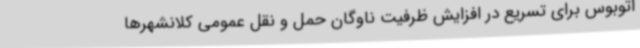
اتوبوس برای تسریع در افزایش ظرفیت ناوگان حمل و نقل عمومی کلانشهرها